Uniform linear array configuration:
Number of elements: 8
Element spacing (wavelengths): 1
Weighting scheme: exponential
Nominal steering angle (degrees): -15
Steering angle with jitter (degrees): -13.362
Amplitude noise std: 0.05
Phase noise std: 0.05

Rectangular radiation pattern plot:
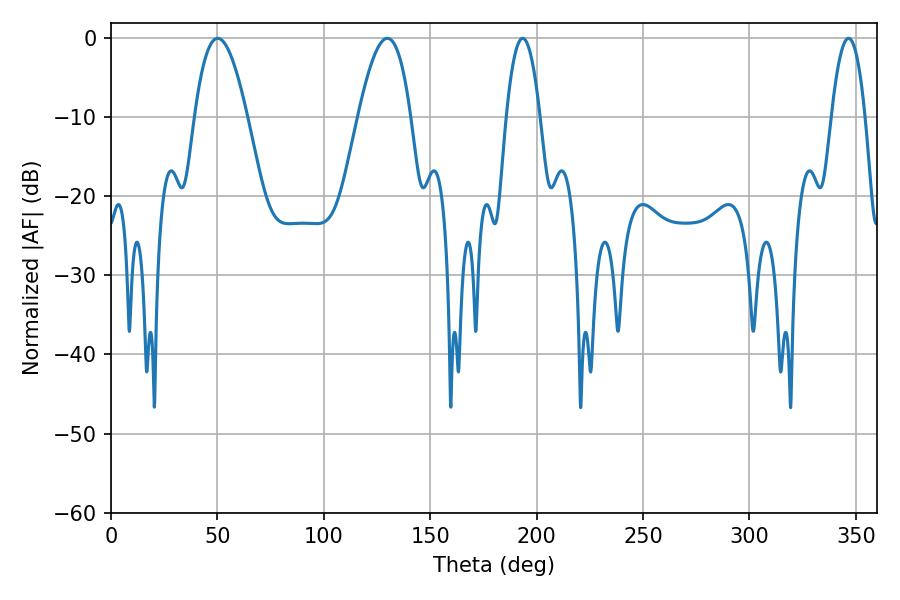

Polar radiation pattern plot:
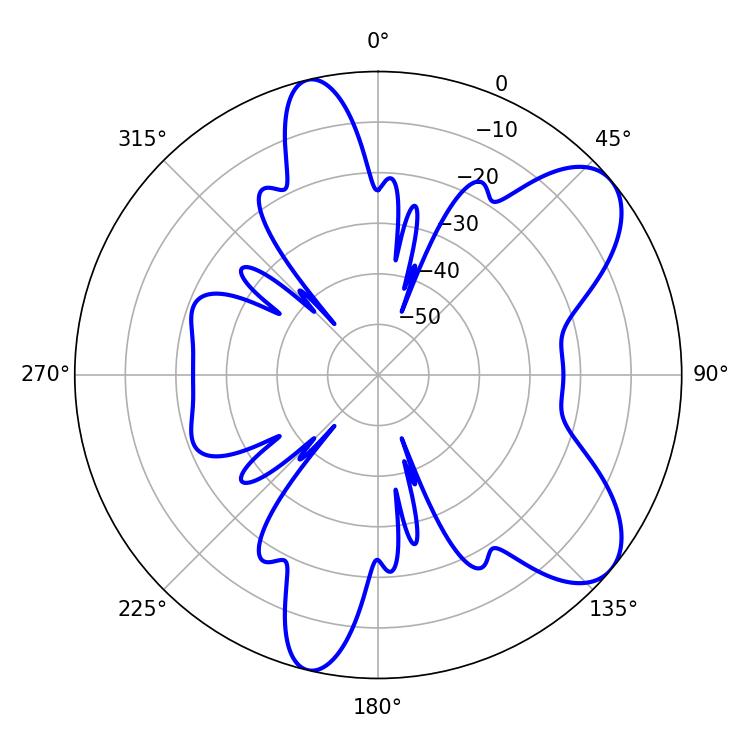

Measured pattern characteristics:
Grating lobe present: TRUE
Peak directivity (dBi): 8.017
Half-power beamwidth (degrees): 13.5
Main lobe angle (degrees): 50.22